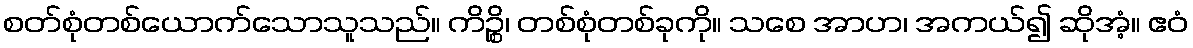
စတ်စုံတစ်ယောက်သောသူသည်။ ကိဉ္စိ၊ တစ်စုံတစ်ခုကို။ သစေ အာဟ၊ အကယ်၍ ဆိုအံ့။ ဧဝံ